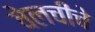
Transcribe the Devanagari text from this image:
वेलचीचे